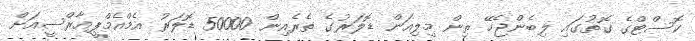
ކޮސްޓްގެ ގޮތުގައި ލިބެންޖެހޭ ތިން މިލިއަން ޑޮލަރުގެ ތެރެއިން 50000 ޑޮލަރު އެމްއެމްޕީއާރްސީއަށް